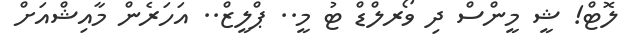
ލޮޓް! ޝީ މީންސް ދި ވޯރލްޑް ޓު މީ.. ޕްލީޒް.. އަހަރެން މާއިޝްއަށް